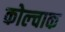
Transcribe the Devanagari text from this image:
कोल्चाक